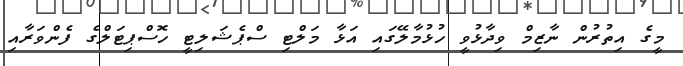
މީގެ އިތުރުން ނާޒިމް ވިދާޅުވީ ހުޅުމާލޭގައި އަޅާ މަލްޓި ސްޕެޝަލިޓީ ހޮސްޕިޓަލްގެ ފެންވަރާއި